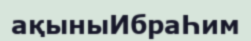
ақыныИбраҺим